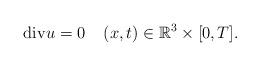
LaTeX: \begin{align*}\mathrm{div}u=0\;\;\;\; (x,t)\in \mathbb{R}^3\times [0,T].\end{align*}